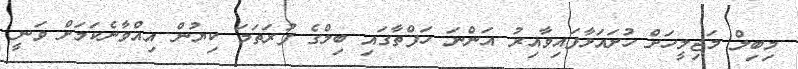
މިބިލް މަޖިލީހަށް ހުށައަޅާފައިވާއިރު އަންނަ ހަފްތާގައި ބިލްގެ ފުރަތަމަ ކިޔުން އިއްވާނެކަމަށް ވަނީ